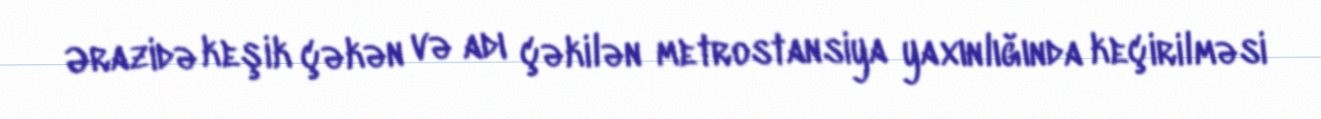
Ərazidə keşik çəkən və adı çəkilən metrostansiya yaxınlığında keçirilməsi